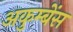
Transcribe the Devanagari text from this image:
अकुम्बेंस